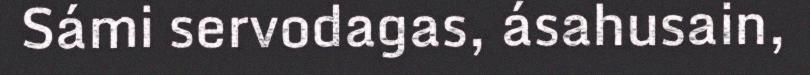
Sámi servodagas, ásahusain,